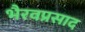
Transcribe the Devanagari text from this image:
भैरवप्रसाद